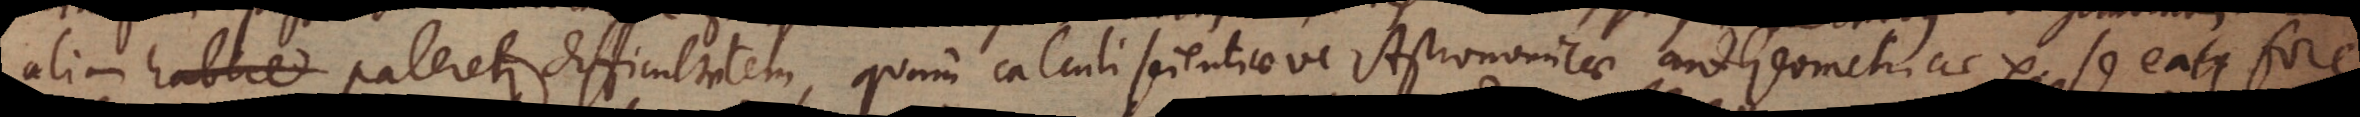
aliam habere pateretur difficultatem, quam calculi scientiaeve Astronomicae aut Geometricae etc. se ea fore